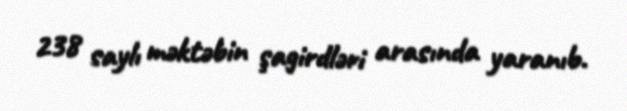
238 saylı məktəbin şagirdləri arasında yaranıb.